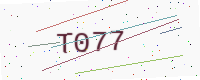
Text: T077